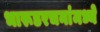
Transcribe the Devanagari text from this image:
भारूडरचनांमध्ये